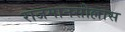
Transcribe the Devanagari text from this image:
राजमानसोल्लास